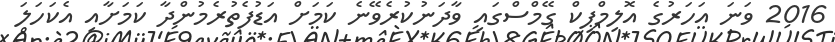
2016 ވަނަ އަހަރުގެ އޮލިމްޕިކް ގޭމްސްގައި ވާދަނުކުރެވޭނެ ކަމަށް އަޑުފެތުރެމުންދާ ކަމަށާއި އެކަހަލަ